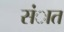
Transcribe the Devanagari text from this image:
संात